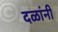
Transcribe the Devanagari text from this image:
दळांनी